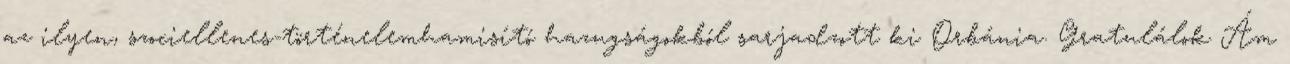
az ilyen, szociellenes-történelemhamisító hazugságokból sarjadzott ki Orbánia. Gratulálok Ám